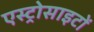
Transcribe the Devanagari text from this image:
एस्ट्रोसाइटों